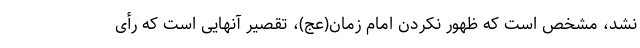
نشد، مشخص است که ظهور نکردن امام زمان(عج)، تقصیر آنهایی است که رأی